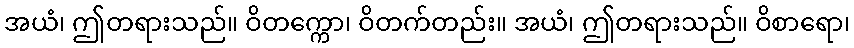
အယံ၊ ဤတရားသည်။ ဝိတက္ကော၊ ဝိတက်တည်း။ အယံ၊ ဤတရားသည်။ ဝိစာရော၊